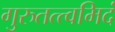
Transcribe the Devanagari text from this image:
गुरुतत्त्वमिदं